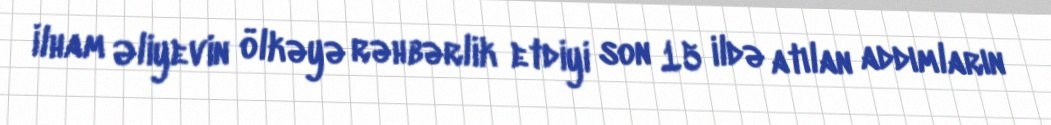
İlham Əliyevin ölkəyə rəhbərlik etdiyi son 15 ildə atılan addımların